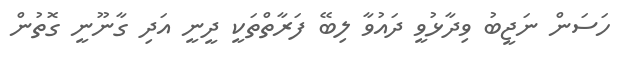
ހަސަން ނަޖީބު ވިދާޅުވީ ދައުވާ ލިބޭ ފަރާތްތަކީ ދީނީ އަދި ގާނޫނީ ގޮތުން